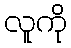
လူကို